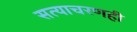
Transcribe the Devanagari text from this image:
सत्याचरणही